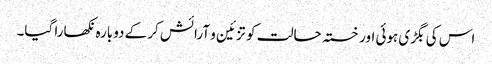
اس کی بگڑی ہوئی اور خستہ حالت کو تزئین و آرائش کرکے دوبارہ نکھارا گیا۔